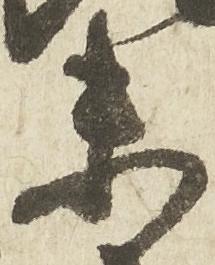
未